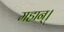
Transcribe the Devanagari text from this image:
महान्‌।